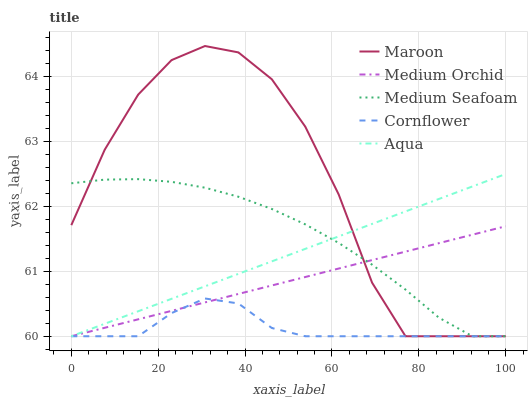
| xaxis_label | Maroon | Medium Orchid | Medium Seafoam | Cornflower | Aqua |
 | --- | --- | --- | --- | --- | --- |
 | 0 | 61.7 | 60 | 62.4 | 60 | 60 |
 | 7.69 | 62.9 | 60.1 | 62.4 | 60 | 60.2 |
 | 15.4 | 63.7 | 60.3 | 62.4 | 60 | 60.4 |
 | 23.1 | 64.3 | 60.4 | 62.4 | 60.4 | 60.6 |
 | 30.8 | 64.5 | 60.5 | 62.3 | 60.6 | 60.8 |
 | 38.5 | 64.4 | 60.7 | 62.1 | 60.5 | 61 |
 | 46.2 | 64 | 60.8 | 62 | 60.1 | 61.2 |
 | 53.8 | 63.2 | 60.9 | 61.7 | 60 | 61.3 |
 | 61.5 | 62.2 | 61 | 61.4 | 60 | 61.5 |
 | 69.2 | 60.8 | 61.2 | 61.1 | 60 | 61.7 |
 | 76.9 | 60 | 61.3 | 60.7 | 60 | 61.9 |
 | 84.6 | 60 | 61.4 | 60.3 | 60 | 62.1 |
 | 92.3 | 60 | 61.6 | 60 | 60 | 62.3 |
 | 100 | 60 | 61.7 | 60 | 60 | 62.5 |